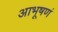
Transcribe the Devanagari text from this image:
आभूषणं